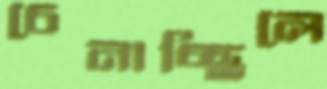
চেনাচ্ছিলে